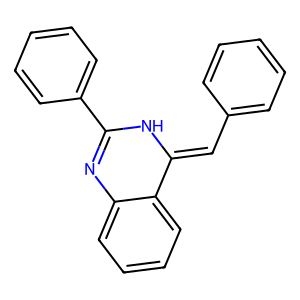
SMILES: C(=C1NC(c2ccccc2)=Nc2ccccc21)c1ccccc1
Inhibits HIV replication: No